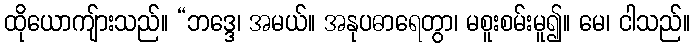
ထိုယောကျ်ားသည်။ “ဘဒ္ဒေ၊ အမယ်။ အနုပဓာရေတွာ၊ မစူးစမ်းမူ၍။ မေ၊ ငါသည်။